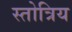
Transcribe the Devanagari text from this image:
स्तोत्रिय